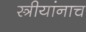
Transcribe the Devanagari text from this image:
स्त्रीयांनाच